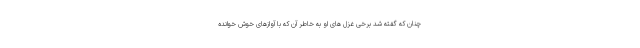
چنان که گفته شد برخی غزل های او به خاطر آن که با آوازهای خوش خوانده